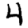
Digit: 4